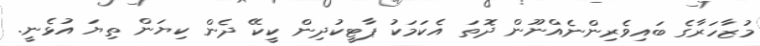
މުޒާހަރާގެ ބައިވެރިންނެއްނޫން ދޮތަ އެކަމަކު ޕާޓީކުދިން ކީކޭ ދެން ކިޔަން ތިޔަ އުޅެނީ.